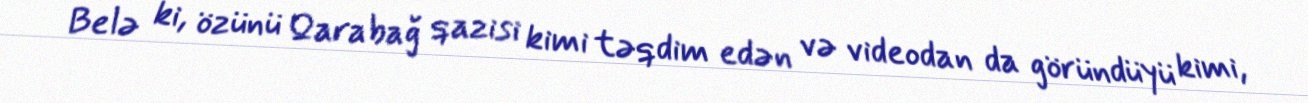
Belə ki, özünü Qarabağ qazisi kimi təqdim edən və videodan da göründüyü kimi,